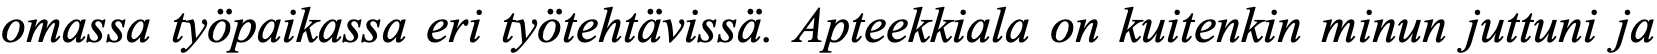
omassa työpaikassa eri työtehtävissä. Apteekkiala on kuitenkin minun juttuni ja